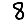
Digit: 8